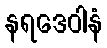
နရဒေဝါနံ